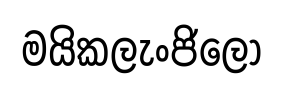
මයිකලැංජිලෝ